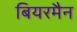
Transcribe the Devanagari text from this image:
बियरमैन